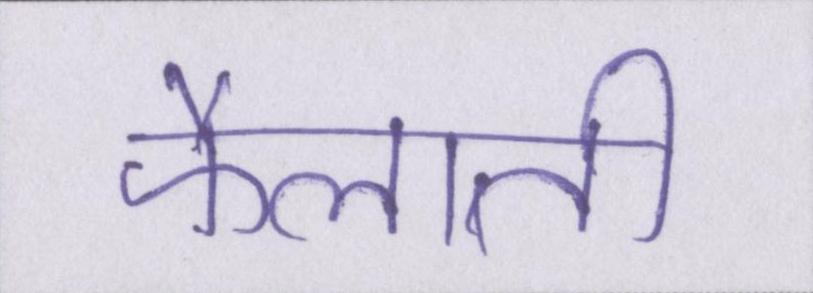
फैलाती